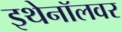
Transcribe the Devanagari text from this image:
इथेनॉलवर